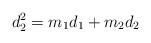
LaTeX: \begin{align*}d_2^2=m_1d_1+m_2d_2\end{align*}